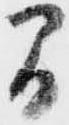
間